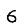
Digit: 6